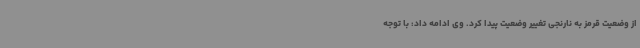
از وضعیت قرمز به نارنجی تغییر وضعیت پیدا کرد. وی ادامه داد: با توجه